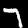
Digit: 7